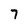
Character: 7